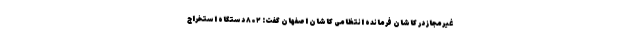
غیرمجاز در کاشان فرمانده انتظامی کاشان اصفهان گفت: ۸۰۲ دستگاه استخراج